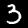
Label: 3